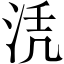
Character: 𱦖